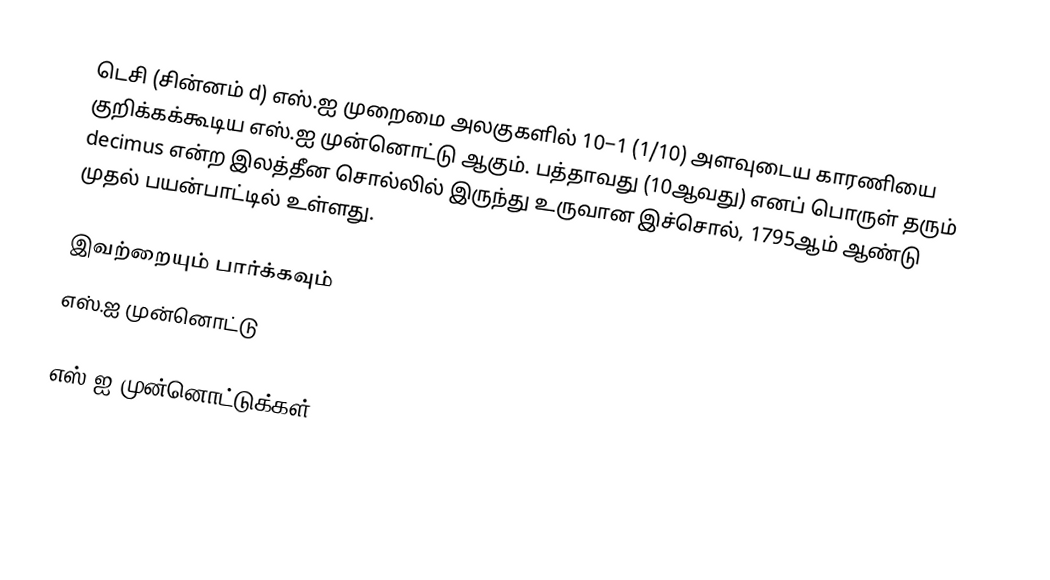
டெசி (சின்னம் d) எஸ்.ஐ முறைமை அலகுகளில் 10−1 (1/10) அளவுடைய காரணியை குறிக்கக்கூடிய எஸ்.ஐ முன்னொட்டு ஆகும். பத்தாவது (10ஆவது) எனப் பொருள் தரும் decimus என்ற இலத்தீன சொல்லில் இருந்து உருவான இச்சொல், 1795ஆம் ஆண்டு முதல் பயன்பாட்டில் உள்ளது.

இவற்றையும் பார்க்கவும்
 எஸ்.ஐ முன்னொட்டு

எஸ்.ஐ முன்னொட்டுக்கள்